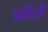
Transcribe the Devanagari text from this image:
पाडिली